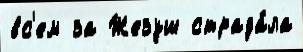
вс'ем за Жезуш страда́ла